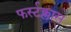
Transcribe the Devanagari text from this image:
फर्स्टक्लास